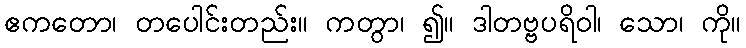
ဧကတော၊ တပေါင်းတည်း။ ကတွာ၊ ၍။ ဒါတဗ္ဗပရိဝါ၊ သော၊ ကို။